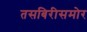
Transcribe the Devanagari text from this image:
तसबिरीसमोर